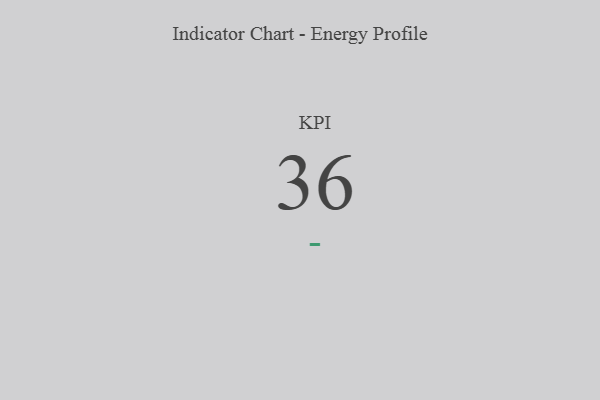
{"axis": {"x": "KPI", "y": "Value"}, "legend": [""], "data": [{"x": "KPI", "y": 36, "type": ""}]}